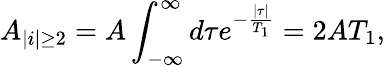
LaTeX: A_{|i|\geq 2}=A\int_{-\infty}^{\infty}d\tau e^{-\frac{|\tau|}{T_{1}}}=2AT_{1},